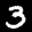
Label: 3